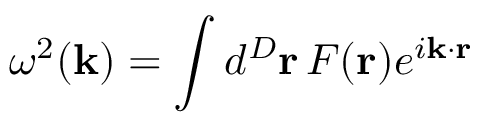
\omega ^ { 2 } ( { \bf k } ) = \int d ^ { D } { \bf r } \, F ( { \bf r } ) e ^ { i { \bf k } \cdot { \bf r } }